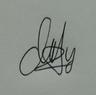
Signature authenticity: genuine